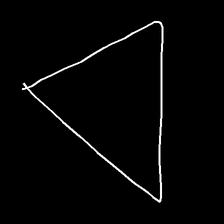
Glyph: convergence